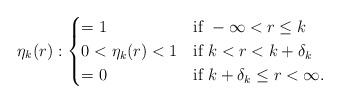
LaTeX: \begin{align*}\eta_k(r) : \begin{cases} =1 &\mbox{if } -\infty<r\leq k\\ 0<\eta_k(r)<1&\mbox{if } k< r< k+\delta_k\\ =0 &\mbox{if } k+\delta_k\leq r<\infty. \end{cases}\end{align*}